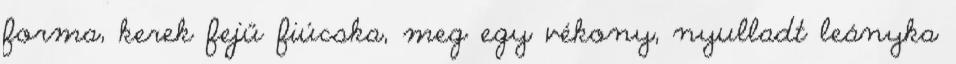
forma, kerek fejű fiúcska, meg egy vékony, nyulladt leányka